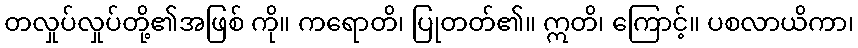
တလှုပ်လှုပ်တို့၏အဖြစ် ကို။ ကရောတိ၊ ပြုတတ်၏။ ဣတိ၊ ကြောင့်။ ပစလာယိကာ၊